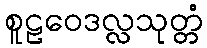
စူဠဝေဒလ္လသုတ္တံ